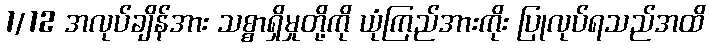
1/12 အလုပ်ချိန်အား သစ္စာရှိမှုတို့ကို ယုံကြည်အားကိုး ပြုလုပ်ရသည်အထိ